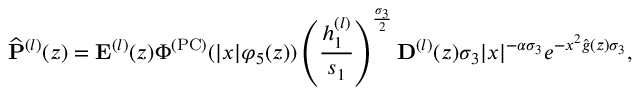
\widehat { \mathbf { P } } ^ { ( l ) } ( z ) = \mathbf { E } ^ { ( l ) } ( z ) \Phi ^ { ( \mathrm { P C } ) } ( | x | \varphi _ { 5 } ( z ) ) \left( \frac { h _ { 1 } ^ { ( l ) } } { s _ { 1 } } \right) ^ { \frac { \sigma _ { 3 } } { 2 } } \mathbf { D } ^ { ( l ) } ( z ) \sigma _ { 3 } | x | ^ { - \alpha \sigma _ { 3 } } e ^ { - x ^ { 2 } \widehat { g } ( z ) \sigma _ { 3 } } ,